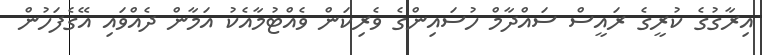
އިރާގުގެ ކުރީގެ ރައީސް ސައްދާމް ހުސައިންގެ ވެރިކަން ވެއްޓުމާއެކު އަމާން ދެއްވައި އޭގެފަހުން